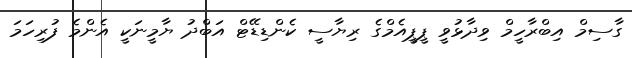
ގާސިމް އިބްރާހީމް ވިދާޅުވީ ޕީޕީއެމްގެ ރިޔާސީ ކެންޑިޑޭޓް އަބްދު ޔާމީނަކީ އެންމެ ފުރިހަމަ